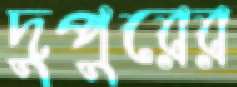
দুপুরের